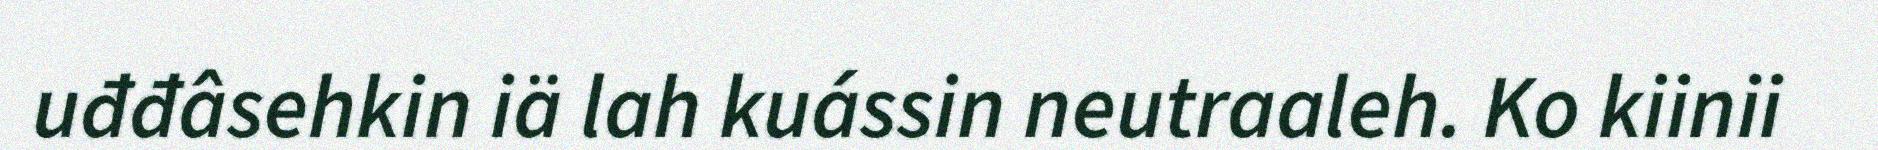
uđđâsehkin iä lah kuássin neutraaleh. Ko kiinii